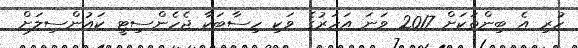
ހުރި އެ ބިންތަކަށް 2017 ވަނަ އަހަރުގެ ވަކި ހިސާބަކާ ޖެހެންސިޓީ ކައުންސިލަށް